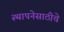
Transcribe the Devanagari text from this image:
स्थापनेसाठीचे